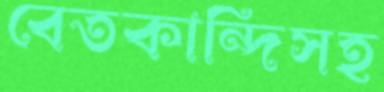
বেতকান্দিসহ